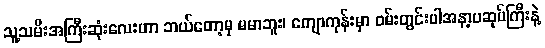
သူ့သမီးအကြီးဆုံးလေးဟာ ဘယ်တော့မှ မမာဘူး၊ ကျောကုန်းမှာ ဝမ်းတွင်းပါအနာ့ပဆုပ်ကြီးနဲ့